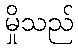
မှိုသည်